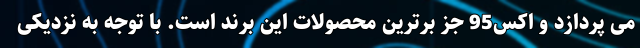
می پردازد و اکس95 جز برترین محصولات این برند است. با توجه به نزدیکی